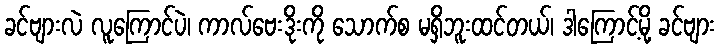
ခင်ဗျားလဲ လူကြောင်ပဲ၊ ကာလ်ဗေးဒိုးကို သောက်စ မရှိဘူးထင်တယ်၊ ဒါကြောင့်မို့ ခင်ဗျား